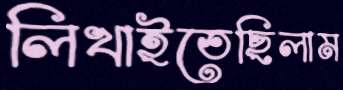
লিখাইতেছিলাম